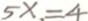
5 x = 4